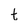
Character: t